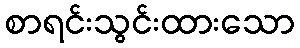
စာရင်းသွင်းထားသော